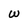
Character: W